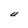
Character: U